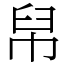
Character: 帠